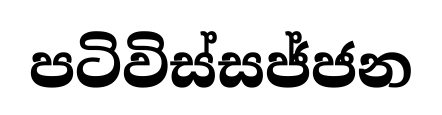
පටිවිස්සජ්ජන